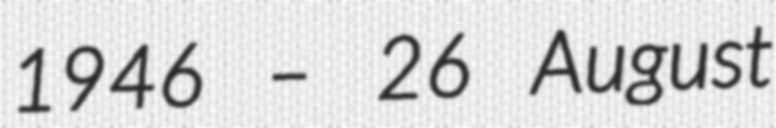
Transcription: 1946 – 26 August